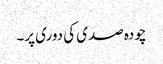
چودہ صدی کی دوری پر۔